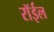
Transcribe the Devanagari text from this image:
रॉईल